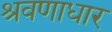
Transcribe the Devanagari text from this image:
श्रवणाधार